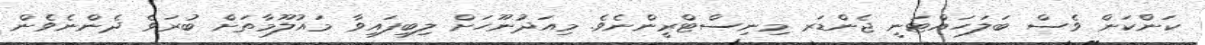
ކަންކަން ވެސް ބަލަހައްޓަނީ ޖެންޑަރ މިނިސްޓްރީންނެވެ. މިއަދުނޫހަށް ލިބިފައިވާ މައުލޫމާތަށް ބުރަވެ ދެންނެވެން